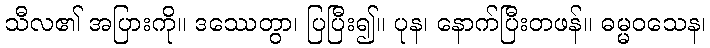
သီလ၏ အပြားကို။ ဒဿေတွာ၊ ပြပြီး၍။ ပုန၊ နောက်ပြီးတဖန်။ ဓမ္မဝသေန၊